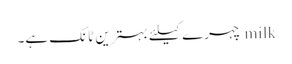
milk چہرے کیلئے بہترین ٹانک ہے۔